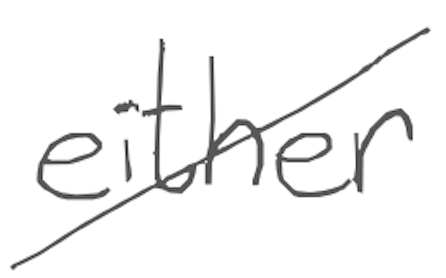
Text: either
Cross-out: diagonal
Writing tool: digital_gray